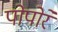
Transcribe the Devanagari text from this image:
पोपोरे